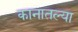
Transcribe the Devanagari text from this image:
कानातल्या